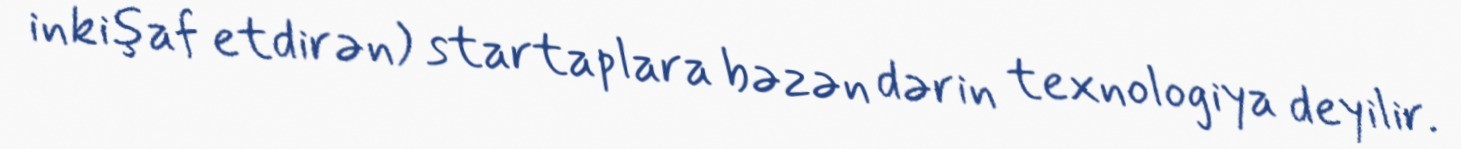
inkişaf etdirən) startaplara bəzən dərin texnologiya deyilir.